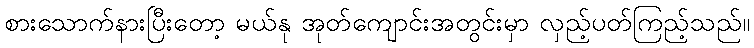
စားသောက်နားပြီးတော့ မယ်နု အုတ်ကျောင်းအတွင်းမှာ လှည့်ပတ်ကြည့်သည်။